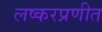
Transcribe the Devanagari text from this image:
लष्करप्रणीत